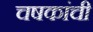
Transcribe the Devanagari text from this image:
चषकांची